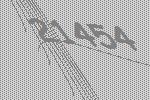
21454